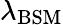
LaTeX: \lambda_{\mathrm{BSM}}